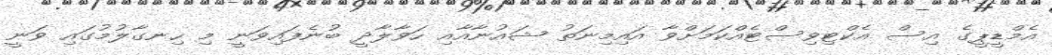
އެމްޑީޕީގެ އިސް އެކްޓިވިސްޓެއްކަމަށްވާ އައިމިނަތު ޝައުނާއާއި ހަވާލާދީ ބުނެފައިވަނީ މި ހިނގާލުމުގައި ވަނީ